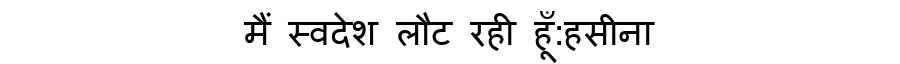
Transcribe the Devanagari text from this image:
मैं स्वदेश लौट रही हूँ:हसीना